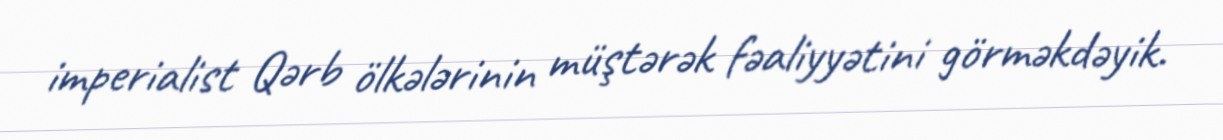
imperialist Qərb ölkələrinin müştərək fəaliyyətini görməkdəyik.